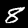
Digit: 8